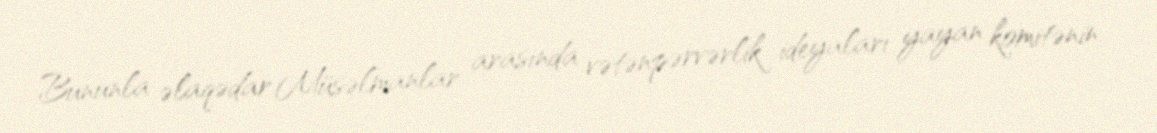
Bununla əlaqədar Müsəlmanlar arasında vətənpərvərlik ideyaları yayan komitənin